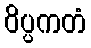
ဝိပ္ပကတံ